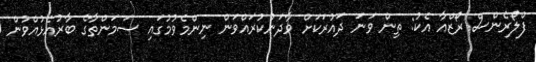
ފްލޯރެންސް ރޯޒްއާ އެކު: ތިން ވަނަ ދައުރަކަށް ވާދަނުކުރައްވަަން ނިންމެވުމުގައި ސަމަންތާގެ ބާރުއެޅުއްވުން